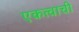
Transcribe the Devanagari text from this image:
एकत्वाची